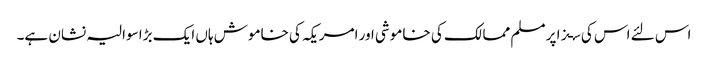
اس لئے اس کی سـزا پر مسلم ممالک کی خاموشی اور امریکہ کی خاموش ہاں ایک بڑا سوالیہ نشان ہے۔